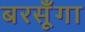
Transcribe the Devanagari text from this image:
बरसूँगा